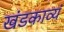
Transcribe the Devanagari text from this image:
खंडकाव्यं